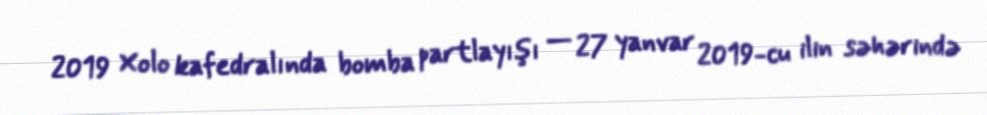
2019 Xolo kafedralında bomba partlayışı — 27 yanvar 2019-cu ilin səhərində